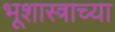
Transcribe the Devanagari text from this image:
भूशास्त्राच्या